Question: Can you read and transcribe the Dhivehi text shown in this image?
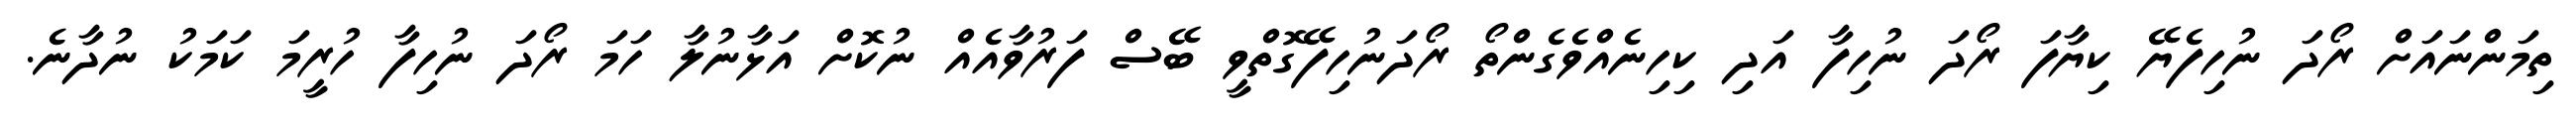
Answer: ތިމަންނައަށް ރޯދަ ނުހިފެޔޭ ކިޔާފަ ރޯދަ ނުހިފާ އަދި ކިހިނެއްވެގެންތޯ ރޯދަނުހިފޭގޮތްވީ ބޭސް ފަރުވާއެއް ނުކޮށް އަޅާނުލާ ހަމަ ރޯދަ ނުހިފާ ހުރީމަ ކަމަކު ނުދާނެ.